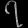
Digit: ၇